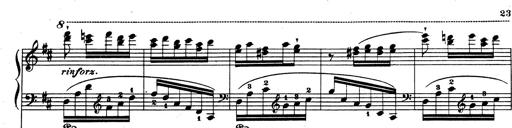
Title: Rhapsodie espagnole
Composer: Franz Liszt